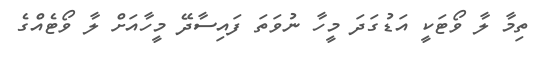
ތިމާ ލާ ވޯޓަކީ އަޑުގަދަ މީހާ ނުވަތަ ފައިސާދޭ މީހާއަށް ލާ ވޯޓެއްގެ